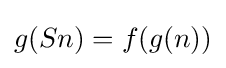
g(Sn)=f(g(n))